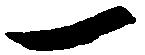
一